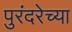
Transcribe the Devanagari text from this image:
पुरंदरेच्या